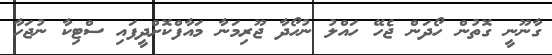
ގާނޫނީ ގޮތުން ހޯދަން ޖެހޭ ހައްލު ނުހޯދާ ޖޫރިމަނާ މައާފްކޮށްދީފައި ސްޓިކާ ނުޖަހާ